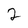
Character: 2